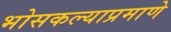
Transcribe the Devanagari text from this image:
भोसकल्याप्रमाणे